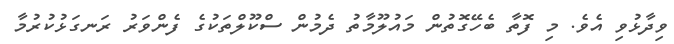
ވިދާޅުވި އެވެ. މި ފޮތާ ބެހޭގޮތުން މައުލޫމާތު ދެމުން ސްކޫލްތަކުގެ ފެންވަރު ރަނގަޅުކުރުމާ